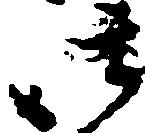
御